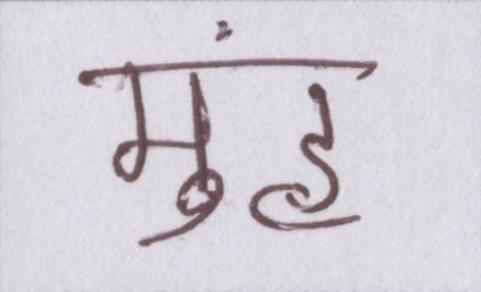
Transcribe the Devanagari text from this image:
मुंह